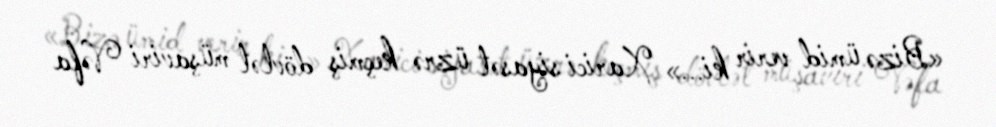
«Bizə ümid verir ki...» Xarici siyasət üzrə keçmiş dövlət müşaviri Vəfa